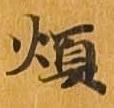
煩